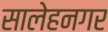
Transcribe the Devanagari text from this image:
सालेहनगर